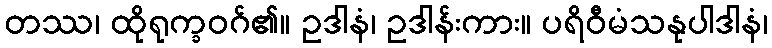
တဿ၊ ထိုရုက္ခဝဂ်၏။ ဥဒါနံ၊ ဥဒါန်းကား။ ပရိဝီမံသနုပါဒါနံ၊